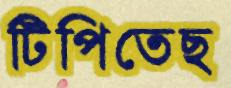
টিপিতেছ